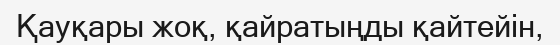
Қауқары жоқ, қайратыңды қайтейін,